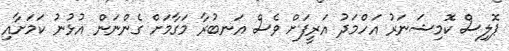
ޕޮލިސް ކޮމިޝަނަރު އަހްމަދު އަރީފަށް ވެސް އަނބުރާ މަގާމަށް ގެންނަން އުޅުނު ކަމަށާއި